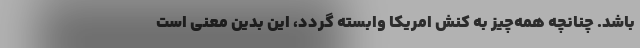
‌باشد. چنانچه همه‌چیز به کنش امریکا وابسته گردد، این بدین معنی است